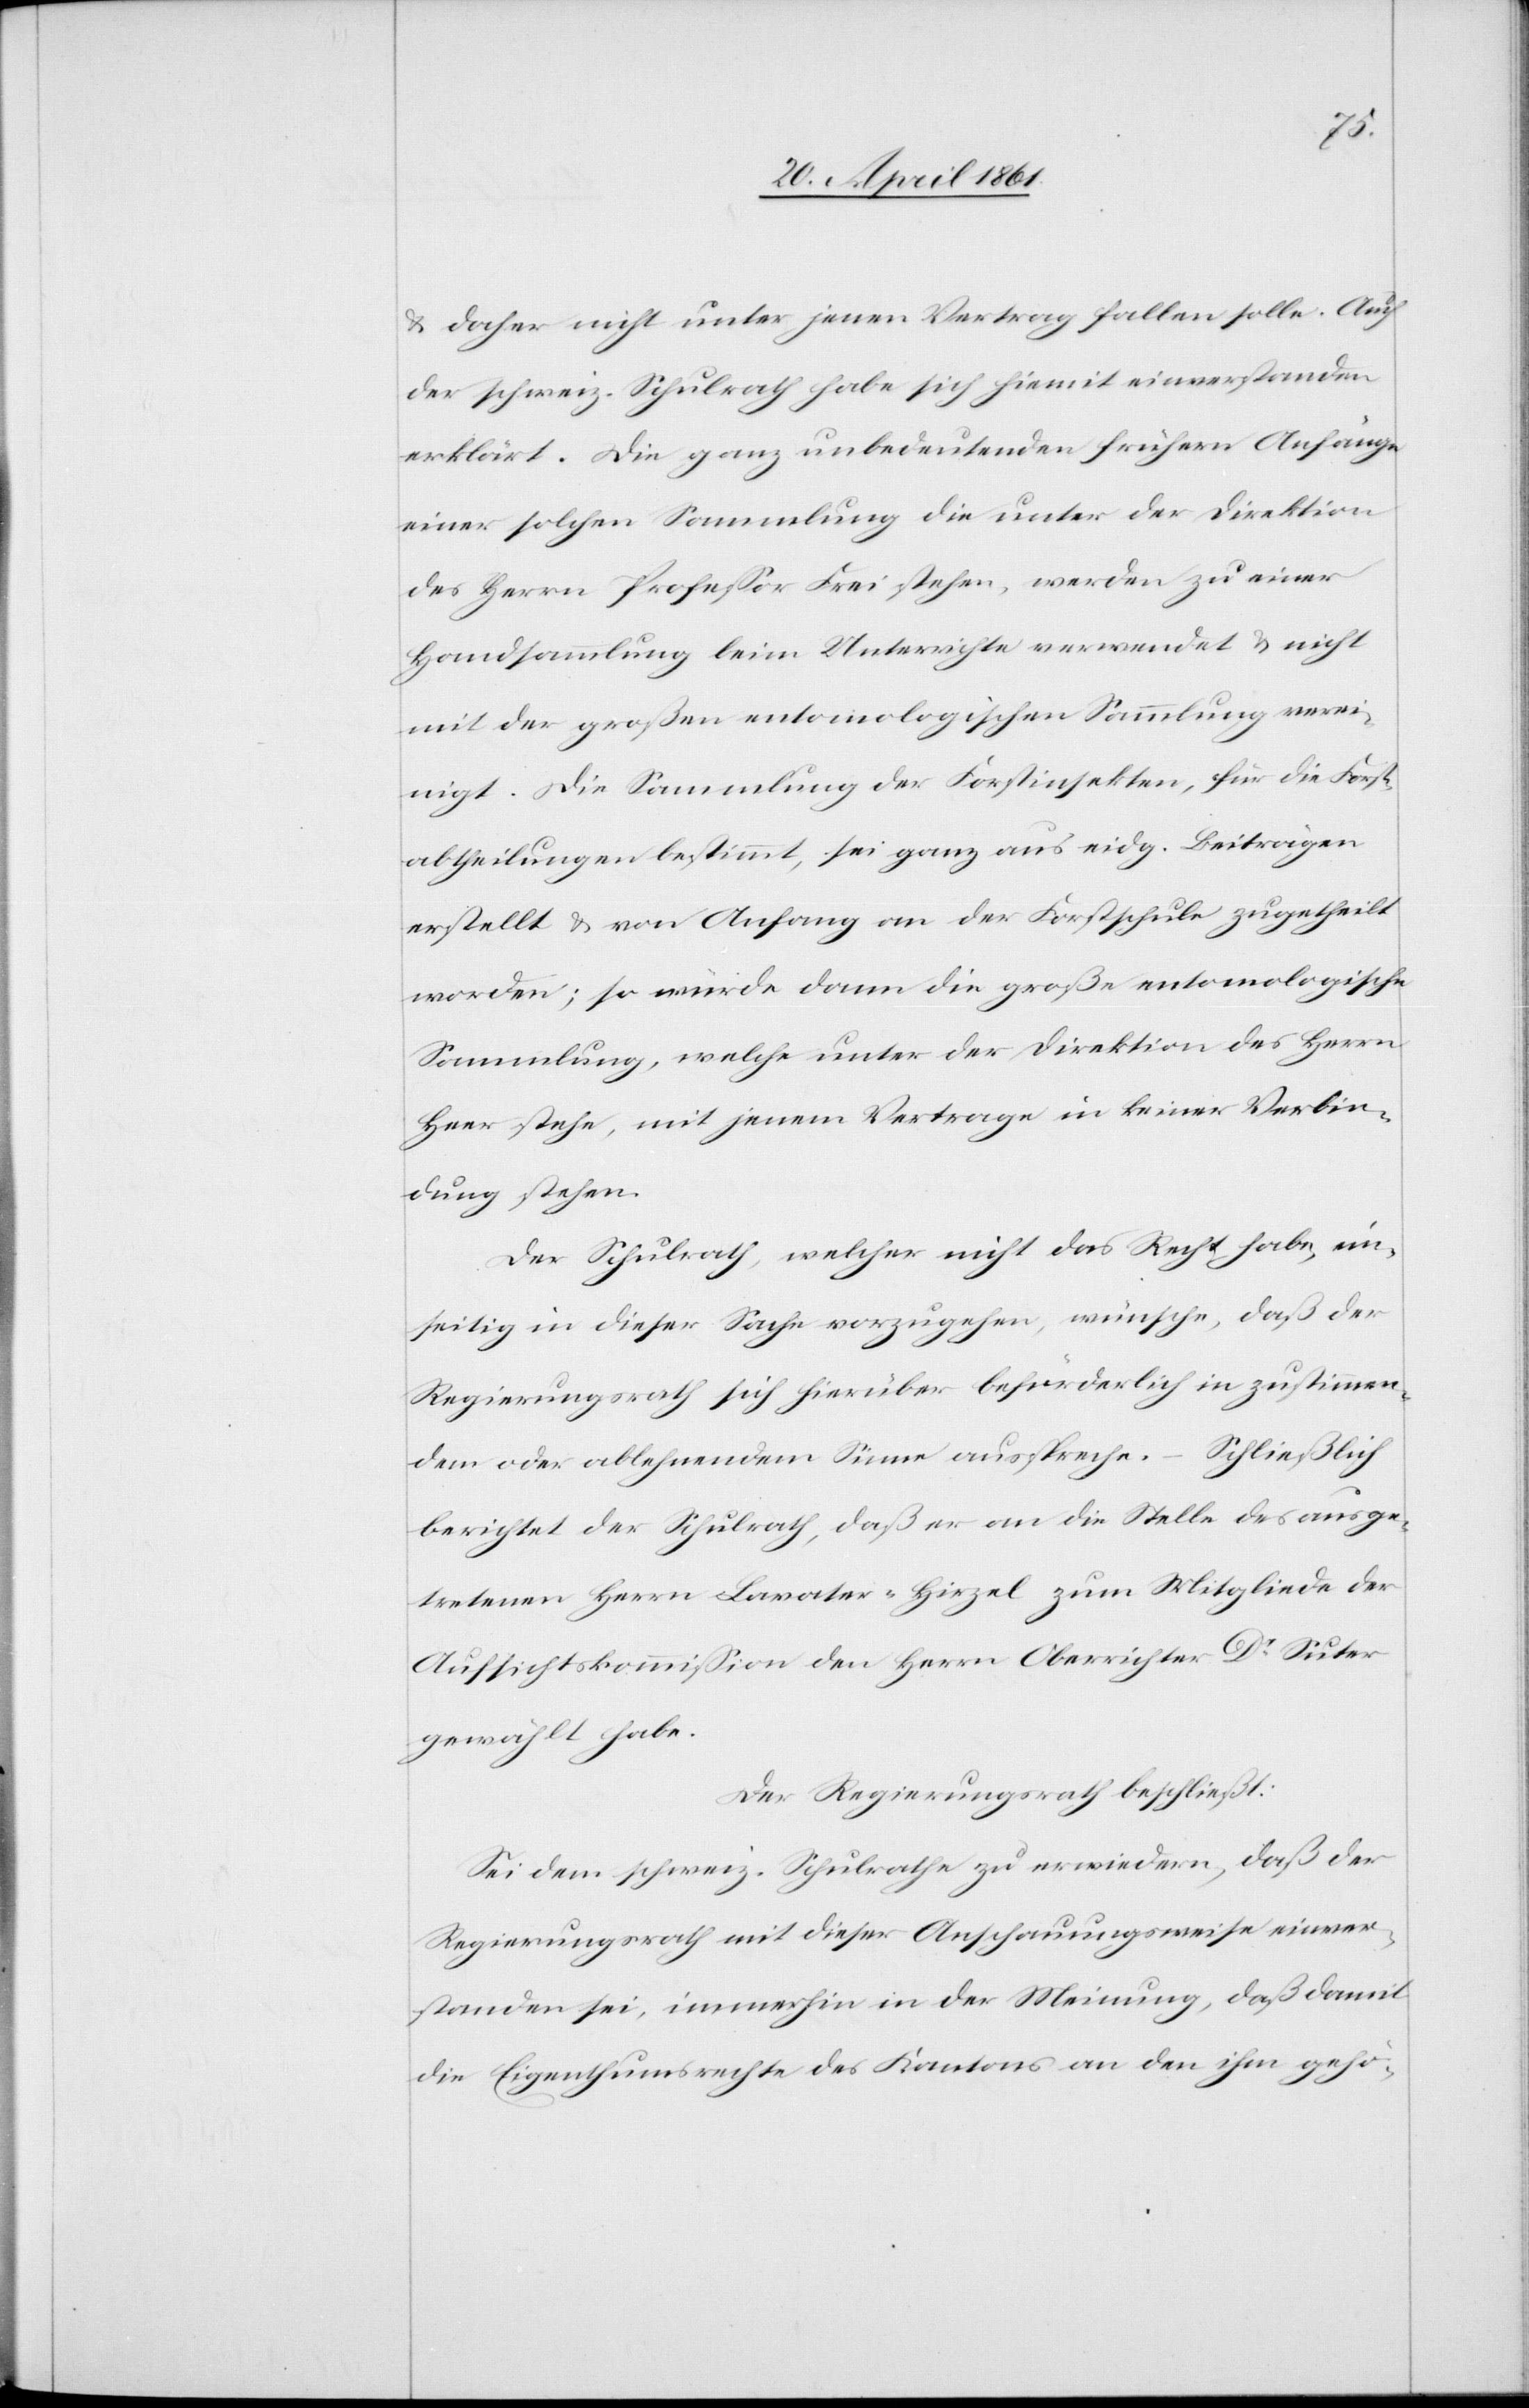
u. daher nicht unter jenen Vertrag fallen solle. Auch
der schweiz. Schulrath habe sich hiemit einverstanden
erklärt. Die ganz unbedeutenden frühern Anfänge
einer solchen Sammlung die unter der Direktion
des Herrn Professor Frei stehen, werden zu einer
Handsammlung beim Unterrichte verwendet u. nicht
mit der großen entomologischen Sammlung verei¬
nigt. Die Sammlung der Forstinspekten, für die Forst¬
abtheilungen bestimmt, sei ganz aus eidg. Beiträgen
erstellt u. von Anfang an der Forstschule zugetheilt
worden; so wurde dann die große entomologische
Sammlung, welche unter der Direktion des Herrn
Heer stehe, mit jenem Vertrage in keiner Verbin¬
dung stehen.
Der Schulrath, welcher nicht das Recht habe, ein¬
seitig in dieser Sache vorzugehen, wünsche, daß der
Regierungsrath sich hierüber beförderlich in zustimmen¬
dem oder ablehnendem Sinne ausspreche. Schließlich
berichtet der Schulrath, daß er an die Stelle des ausge¬
tretenen Herrn Lavater-Hirzel zum Mitgliede der
Aufsichtskommission den Herrn Oberrichter Dr. Suter
gewählt habe.
Der Regierungsrath beschließt:
Sei dem schweiz. Schulrathe zu erwidern, daß der
Regierungsrath mit dieser Anschauungsweise einver¬
standen sei, immerhin in der Meinung, daß damit
die Eigenthumsrechte des Kantons an den ihm gehö-